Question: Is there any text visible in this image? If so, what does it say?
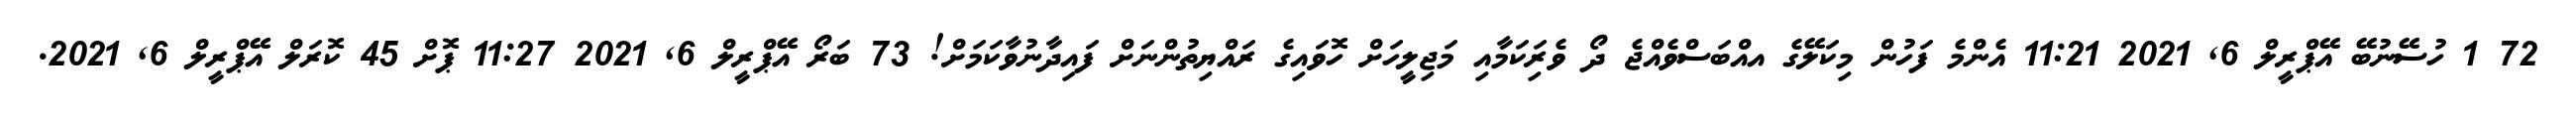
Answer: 72 1 ހުސޭނުބޭ އޭޕްރީލް 6, 2021 11:21 އެންމެ ފަހުން މިކަލޭގެ އއްބަސްވެއްޖެ ދޯ ވެރިަކަމާއި މަޖިލީހަށް ހޮވައިގެ ރައްޔިތުންނަށް ފައިދާނުވާކަމަށް! 73 ބަރޯ އޭޕްރީލް 6, 2021 11:27 ޕޮށް 45 ކޮރަލް އޭޕްރީލް 6, 2021.